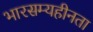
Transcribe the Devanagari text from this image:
भारसम्यहीनता